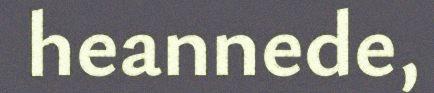
heannede,